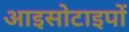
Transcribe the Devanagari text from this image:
आइसोटाइपों